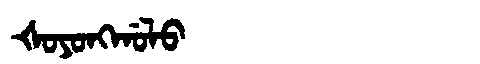
Manchu: ᡧᠣᠶᠣᠩᡤᠣᠯᠣ
Romanization: ŠOYONGGOLO